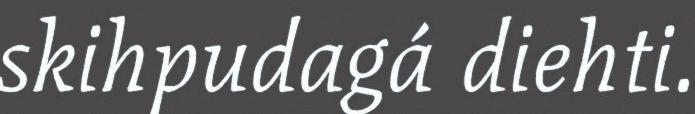
skihpudagá diehti.